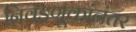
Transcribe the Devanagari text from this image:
निवडणूकांनंतर